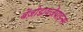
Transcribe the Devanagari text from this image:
बेंज़ोडायज़ेपाइन्स